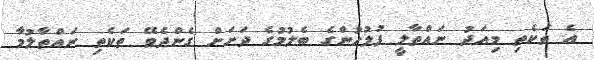
އެ ތަކެތި މިއަދު ނައްތާލީ ފުލުހުންގެ ބެލުމުގެ ދަށަށް ގެންދެވޭ ތަކެތި ނައްތާލުމާ